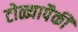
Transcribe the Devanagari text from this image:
टोळ्यापैकी